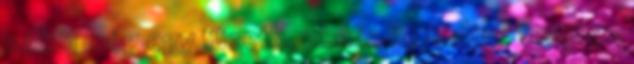
nélkül még egy füzetboxba is be tudtuk tenni az